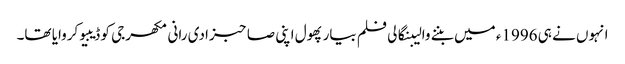
انہوں نے ہی 1996ء میں بننے والیبنگالی فلم بیار پھول اپنی صاحبزادی رانی مکھرجی کو ڈیبیو کروایا تھا۔